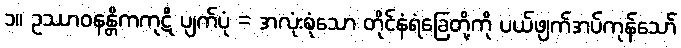
၁။ ဥဿာဝနန္တိကကုဋိ ပျက်ပုံ = အလုံးစုံသော တိုင်နံရံခြေတို့ကို ပယ်ဖျက်အပ်ကုန်သော်